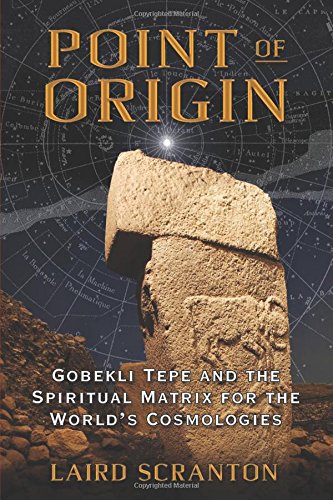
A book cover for Point of Origin: Gobekli Tepe and the Spiritual Matrix for the World's Cosmologies; Laird Scranton; Religion & Spirituality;